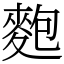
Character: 麭